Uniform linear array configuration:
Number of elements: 32
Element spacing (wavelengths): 0.5
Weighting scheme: exponential
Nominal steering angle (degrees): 45
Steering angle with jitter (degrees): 43.175
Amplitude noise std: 0.05
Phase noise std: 0.05

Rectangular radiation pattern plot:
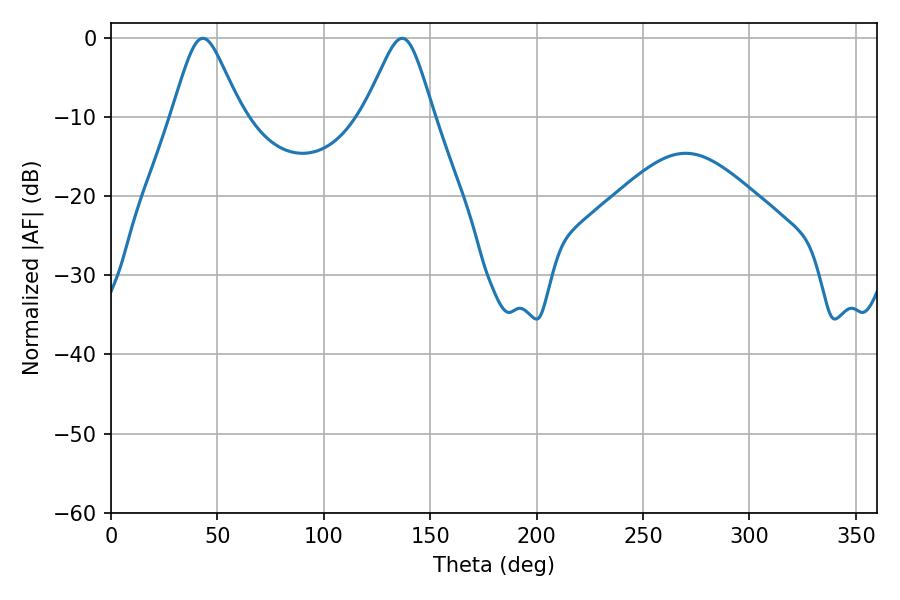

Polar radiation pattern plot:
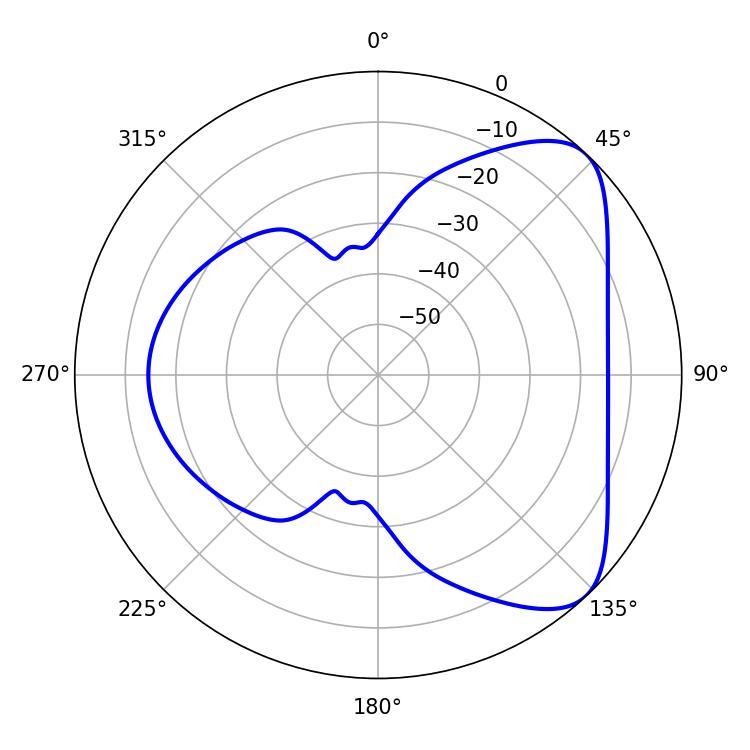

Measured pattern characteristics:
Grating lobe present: FALSE
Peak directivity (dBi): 6.393
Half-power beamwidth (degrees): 15.84
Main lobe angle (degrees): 43.2